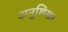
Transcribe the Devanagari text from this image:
अनुशिखर